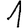
Digit: 1